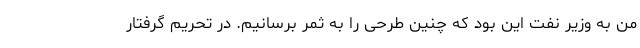
من به وزیر نفت این بود که چنین طرحی را به ثمر برسانیم. در تحریم گرفتار